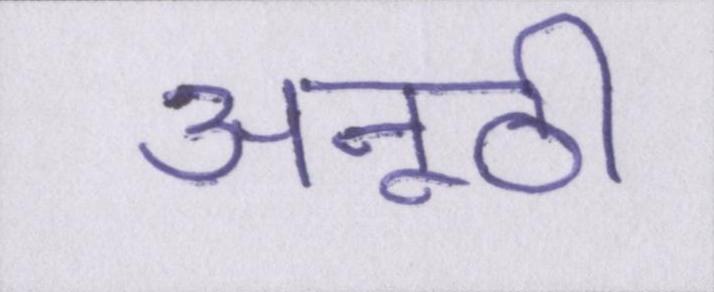
अनूठी